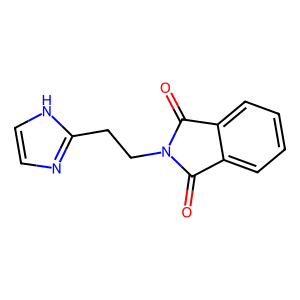
SMILES: O=C1c2ccccc2C(=O)N1CCc1ncc[nH]1
Inhibits HIV replication: No